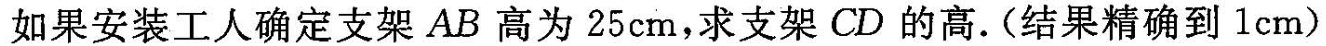
如果安装工人确定支架AB高为25cm，求支架CD的高.(结果精确到lcm)